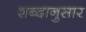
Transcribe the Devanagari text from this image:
शब्दानुसार